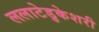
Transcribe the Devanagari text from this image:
ललाटेडुकेशरी